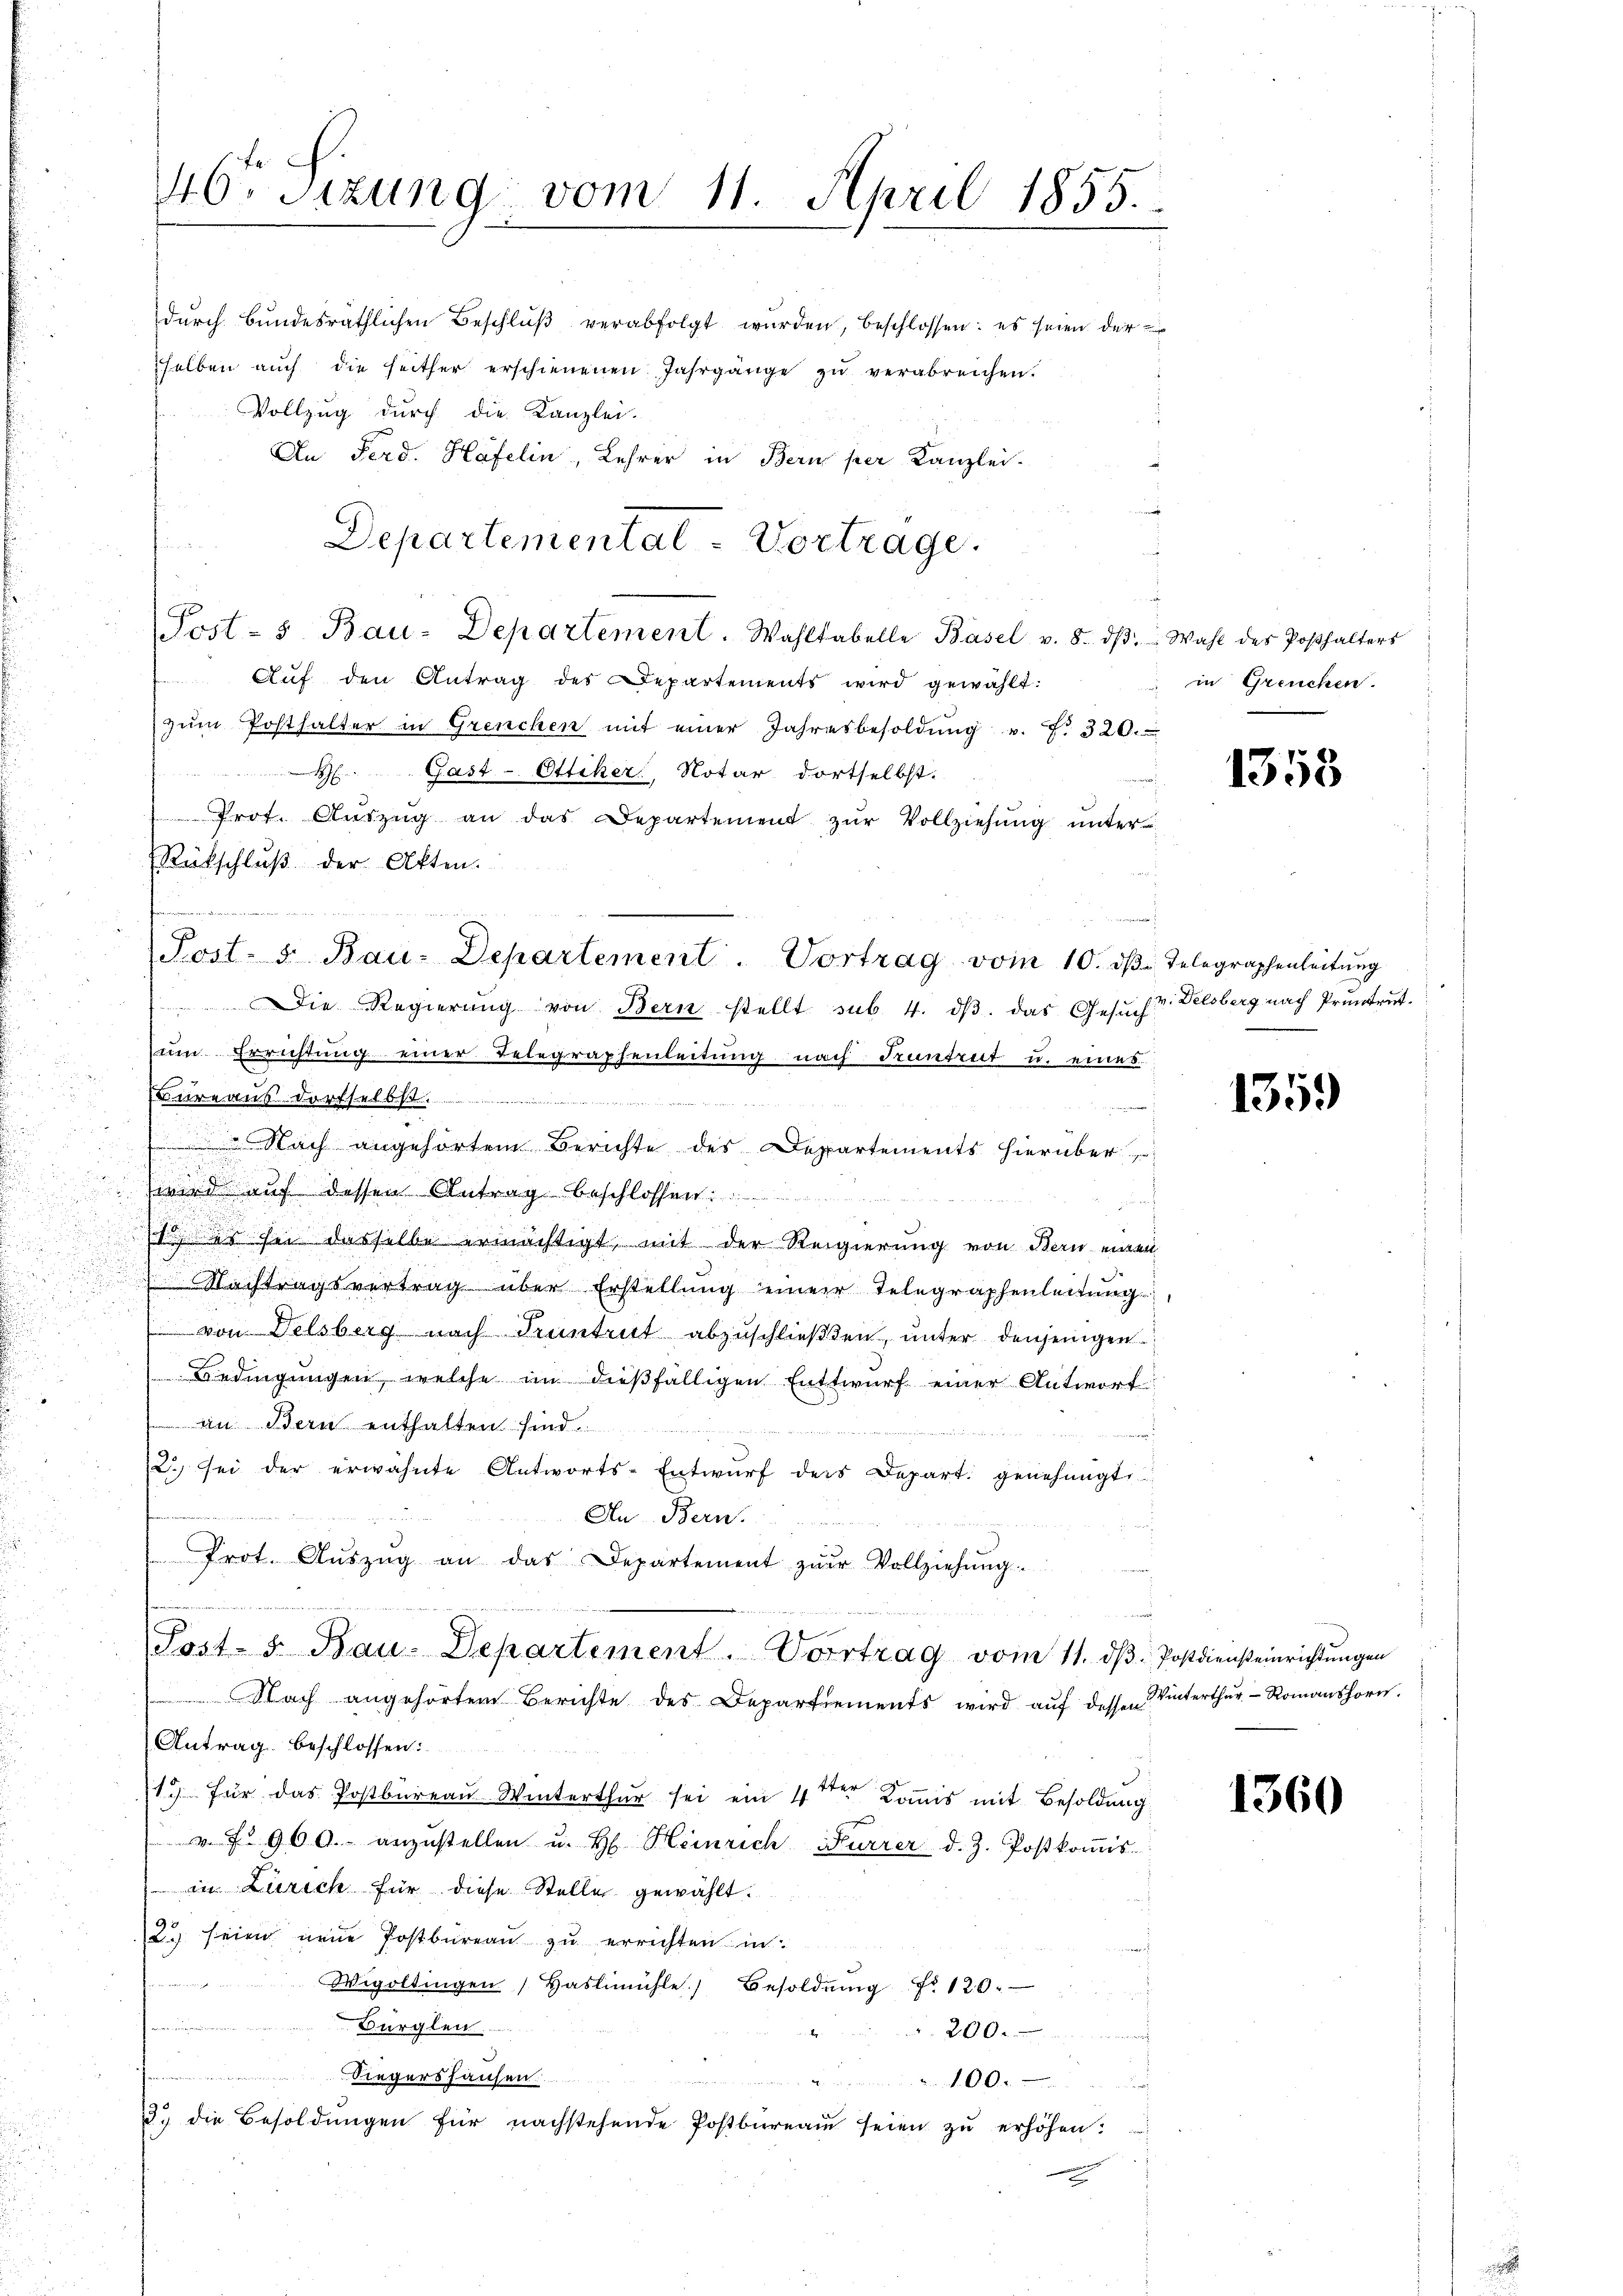
4

46. Sitzung vom 11. April 1855.

selben aŭch die seither erschienenen Jahrgänge zŭ verabreichen.
Vollzug durch die Kanzlei.
An Ferd. Häfelin, Lehrer in Bern per Kanzlei-
Auf den Antrag des Departements wird gewählt:
zŭm Posthalter in Grencken mit einer Jahresbesoldŭng u. f. 320.
H Gast-Ottiker, Notar dortselbst.
Prof. Aŭszŭg an das Departement zŭr Vollziehung unter
Rückschluß der Akten.
ie Regierung von Bern stellt sub. 4. dβ. das Gesucht. Delsberg nach Pruntrut
um Errichtung einer Telegraphenleitung nach Frantreit u. eines
Bureaus dortselbst.
 Nach angehörtem Berichte des Departements hierüber
wird auf dessen Antrag beschlossen:

a es sie dasselbe ermächtigt, mit der Regierung von Bern einen
 Nachtragsvertrag über Erstellung einer Telegraphenleitung

von Delsberg nach Truntrut abzuschließten, unter denjenigen
Bedingungen, welche im dießfälligen Entwurf einer Antwort
an Bern enthalten sind.
2 sei der erwähnte Antworts-Entwŭrf der Depart. genehmigt
i
An Bern.
änig
Prot. Aŭszŭg an das Departement zur Vollziehŭng.
Post- u Bau-Departement. Vortrag vom 11. dβ. Postdiensteinrichtŭngen
Nach angehörtem Berichte des Departements wird auf dessen Winterthur - Romanshorn.
Antrag beschlossen:
13) Für das Postbureau Winterthur sei ein 4ter Kommis mit Besoldung
 u. f. 96 A. anzŭstellen u. H. Heinrich Furrer d. J. Postkoṁis-
 in Zürich für diese Steller gewählt.
2 seien neue Postbureau zu errichten in
Wegoltingen Haslimühle) Besoldŭng Nr. 120.
Bürglen.
200.
fanmann.
Siegershausen
.
3. die Besoldungen für nachstehende Postbüreau seien zu erhöhen.
.

dŭrch Bŭndesräthlichen Beschlŭβ verabfolgt wurden, beschlossen: es seien der

Post- u Bau-Departement. Wahltabelle Basel v. 8. dβ. Wahl des Posthalters

Post- 5. Bau-Departement. Vortrag vom 10. dβ. Telegraphenleitŭng

Departementat - Vortrage.

.

in Greuchen.

1353

1359)

1360